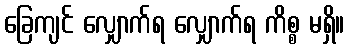
ခြေကျင် လျှောက်ရ လျှောက်ရ ကိစ္စ မရှိ။